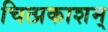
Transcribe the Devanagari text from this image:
चित्प्रकाशम्‌